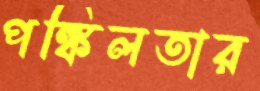
পঙ্কিলতার